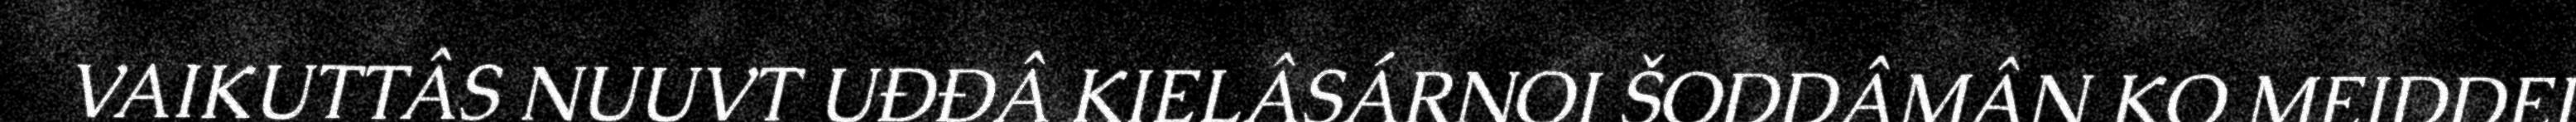
VAIKUTTÂS NUUVT UĐĐÂ KIELÂSÁRNOI ŠODDÂMÂN KO MEIDDEI